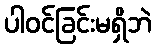
ပါဝင်ခြင်းမရှိဘဲ